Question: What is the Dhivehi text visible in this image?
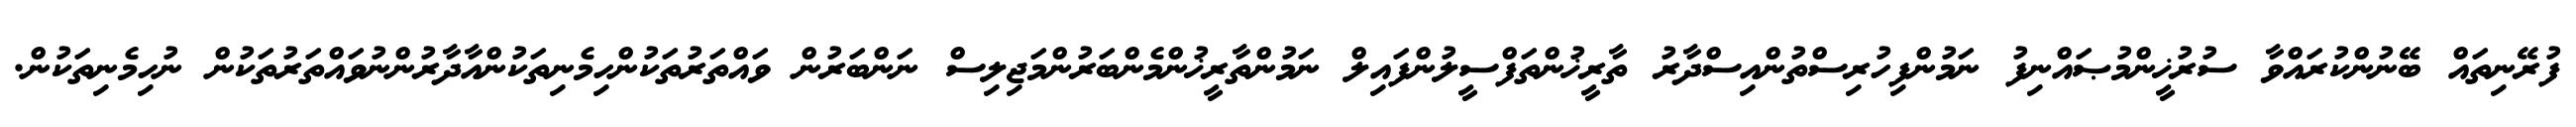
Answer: ފުރޭނިތައް ބޭނުންކުރައްވާ ސުރުޚީންމުޞައްނިފު ނަމުންފިހުރިސްތުންއިސްދާރު ތާރީޚުންތަފްސީލުންފައިލް ނަމުންތާރީޚުންމެންބަރުންމަޖިލިސް ނަންބަރުން ވައްތަރުތަކުންހިމެނިތަކުންއާދާރުންނުވައްތަރުތަކުން ނުހިމެނިތަކުން.